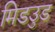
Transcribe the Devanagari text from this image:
मिडउुड